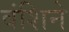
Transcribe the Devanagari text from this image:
वंशिने